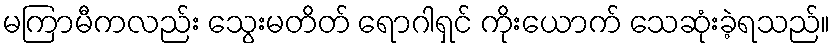
မကြာမီကလည်း သွေးမတိတ် ရောဂါရှင် ကိုးယောက် သေဆုံးခဲ့ရသည်။